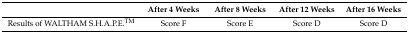
<table><thead><tr><td></td><td><b>After 4 Weeks</b></td><td><b>After 8 Weeks</b></td><td><b>After 12 Weeks</b></td><td><b>After 16 Weeks</b></td></tr></thead><tbody><tr><td>Results of WALTHAM S.H.A.P.E.<sup>TM</sup></td><td>Score F</td><td>Score E</td><td>Score D</td><td>Score D</td></tr></tbody></table>